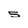
Character: 5